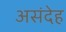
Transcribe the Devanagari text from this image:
असंदेह